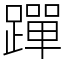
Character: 䠤